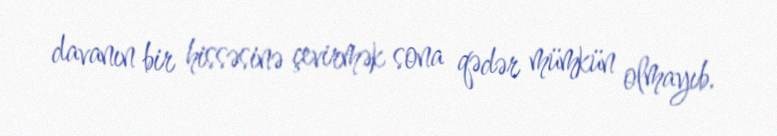
davanın bir hissəsinə çevirmək sona qədər mümkün olmayıb.